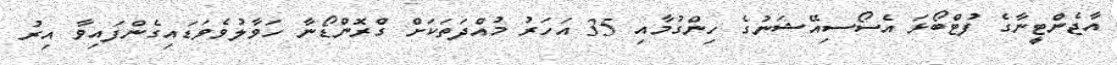
އާޖެންޓީނާގެ ފުޓްބޯޅަ އެސޯސިއޭޝަނުގެ ހިންގުމާއި 35 އަހަރު މުއްދަތަކަށް ގްރޮންޑޯނާ ހަވާލުވެވަޑައިގެންފައިވާ އިރު